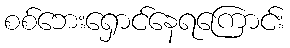
စစ်ဘေးရှောင်နေရကြောင်း